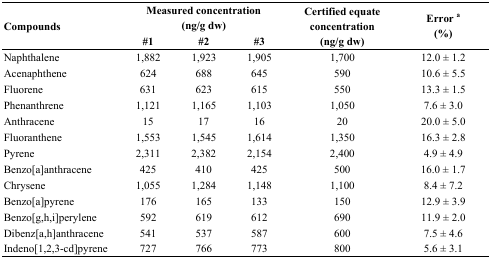
| <ROWSPAN=2> Compounds | <COLSPAN=3> Measured concentration (ng/g dw) | <ROWSPAN=2> Certified equate concentration (ng/g dw) | <ROWSPAN=2> Error a (%) |
 | #1 | #2 | #3 |
 | --- | --- | --- | --- | --- | --- |
 | Naphthalene | 1,882 | 1,923 | 1,905 | 1,700 | 12.0 ± 1.2 |
 | Acenaphthene | 624 | 688 | 645 | 590 | 10.6 ± 5.5 |
 | Fluorene | 631 | 623 | 615 | 550 | 13.3 ± 1.5 |
 | Phenanthrene | 1,121 | 1,165 | 1,103 | 1,050 | 7.6 ± 3.0 |
 | Anthracene | 15 | 17 | 16 | 20 | 20.0 ± 5.0 |
 | Fluoranthene | 1,553 | 1,545 | 1,614 | 1,350 | 16.3 ± 2.8 |
 | Pyrene | 2,311 | 2,382 | 2,154 | 2,400 | 4.9 ± 4.9 |
 | Benzo[a]anthracene | 425 | 410 | 425 | 500 | 16.0 ± 1.7 |
 | Chrysene | 1,055 | 1,284 | 1,148 | 1,100 | 8.4 ± 7.2 |
 | Benzo[a]pyrene | 176 | 165 | 133 | 150 | 12.9 ± 3.9 |
 | Benzo[g,h,i]perylene | 592 | 619 | 612 | 690 | 11.9 ± 2.0 |
 | Dibenz[a,h]anthracene | 541 | 537 | 587 | 600 | 7.5 ± 4.6 |
 | Indeno[1,2,3-cd]pyrene | 727 | 766 | 773 | 800 | 5.6 ± 3.1 |